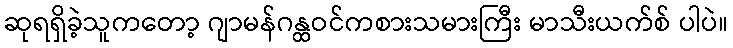
ဆုရရှိခဲ့သူကတော့ ဂျာမန်ဂန္ထဝင်ကစားသမားကြီး မာသီးယက်စ် ပါပဲ။